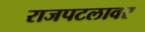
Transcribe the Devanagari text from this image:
राजपटलावर